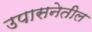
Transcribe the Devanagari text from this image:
उपासनेतील